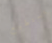
ستستطيع